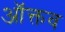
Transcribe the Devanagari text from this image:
ऑक्तव